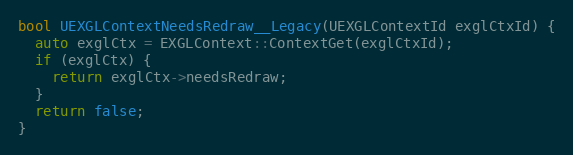
Language: C++
bool UEXGLContextNeedsRedraw__Legacy(UEXGLContextId exglCtxId) {
  auto exglCtx = EXGLContext::ContextGet(exglCtxId);
  if (exglCtx) {
    return exglCtx->needsRedraw;
  }
  return false;
}